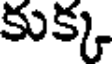
కుక్క